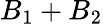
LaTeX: B_{1}+B_{2}